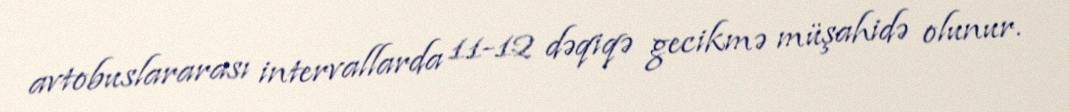
avtobuslararası intervallarda 11-12 dəqiqə gecikmə müşahidə olunur.